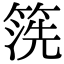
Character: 箲